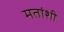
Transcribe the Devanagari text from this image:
मतांशी